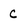
Character: C